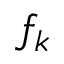
f _ { k }